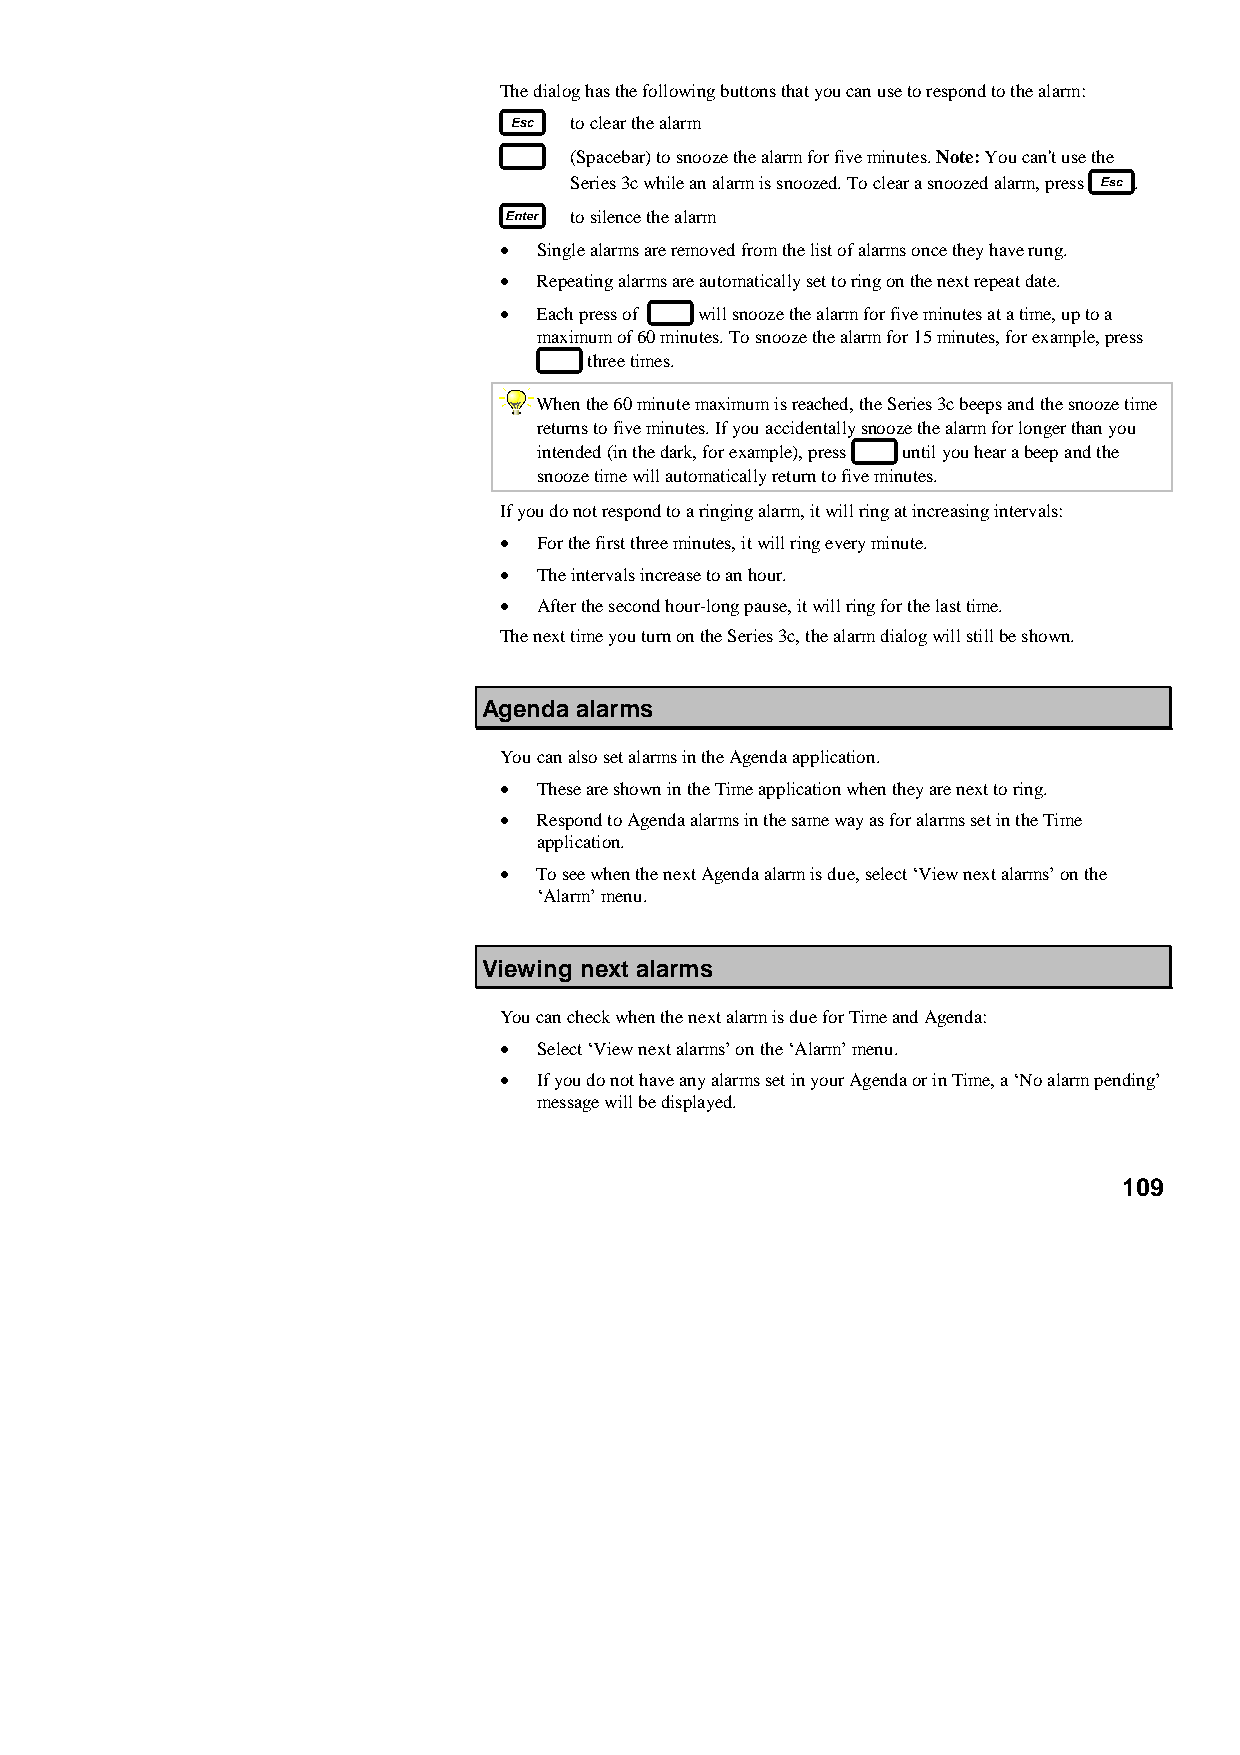
The dialog has the following buttons that you can use to respond to the alarm:
 to clear the alarm
 (Spacebar) to snooze the alarm for five minutes. Note: You can't use the
 Series 3c while an alarm is snoozed. To clear a snoozed alarm, press .
 to silence the alarm
 •  Single alarms are removed from the list of alarms once they have rung.
 •  Repeating alarms are automatically set to ring on the next repeat date.
 •  Each press of will snooze the alarm for five minutes at a time, up to a
 maximum of 60 minutes. To snooze the alarm for 15 minutes, for example, press
 three times.
 When the 60 minute maximum is reached, the Series 3c beeps and the snooze time
 returns to five minutes. If you accidentally snooze the alarm for longer than you
 intended (in the dark, for example), press until you hear a beep and the
 snooze time will automatically return to five minutes.
 If you do not respond to a ringing alarm, it will ring at increasing intervals:
 •  For the first three minutes, it will ring every minute.
 •  The intervals increase to an hour.
 •  After the second hour-long pause, it will ring for the last time.
 The next time you turn on the Series 3c, the alarm dialog will still be shown.
 Agenda alarms
 You can also set alarms in the Agenda application.
 •  These are shown in the Time application when they are next to ring.
 •  Respond to Agenda alarms in the same way as for alarms set in the Time
 application.
 •  To see when the next Agenda alarm is due, select ‘View next alarms’ on the
 ‘Alarm’ menu.
 Viewing next alarms
 You can check when the next alarm is due for Time and Agenda:
 •  Select ‘View next alarms’ on the ‘Alarm’ menu.
 •  If you do not have any alarms set in your Agenda or in Time, a ‘No alarm pending’
 message will be displayed.
 109